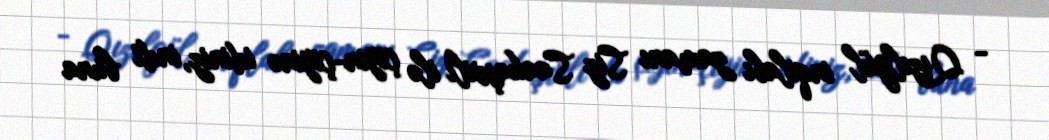
- Qızılgül inqilabı zamanı Siz Saakaşvili ilə çiyin-çiyinə idiniz, indi buna